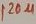
Text: 120µ